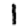
Digit: 1